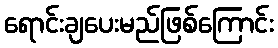
ရောင်းချပေးမည်ဖြစ်ကြောင်း